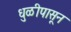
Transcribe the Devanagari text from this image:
धुळीपासून